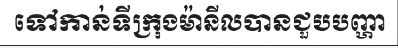
ទៅកាន់ទីក្រុងម៉ានីលបានជួបបញ្ហា